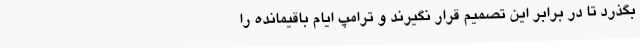
بگذرد تا در برابر این تصمیم قرار نگیرند و ترامپ ایام باقیمانده را